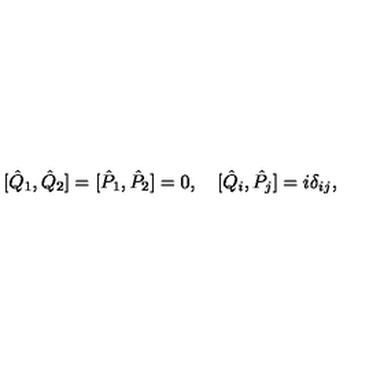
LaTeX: [ { \hat { Q } } _ { 1 } , { \hat { Q } } _ { 2 } ] = [ { \hat { P } } _ { 1 } , { \hat { P } } _ { 2 } ] = 0 , \quad [ { \hat { Q } } _ { i } , { \hat { P } } _ { j } ] = i \delta _ { i j } ,